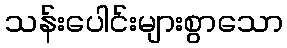
သန်းပေါင်းများစွာသော